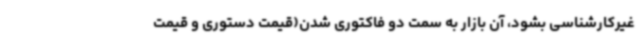
غیرکارشناسی بشود، آن بازار به سمت دو فاکتوری شدن(قیمت دستوری و قیمت